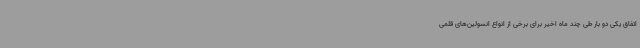
اتفاق یکی دو بار طی چند ماه اخیر برای برخی از انواع انسولین‌های قلمی